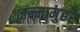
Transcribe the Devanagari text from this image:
जन्मामुहर